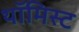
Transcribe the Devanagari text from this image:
थॉमिस्ट